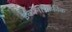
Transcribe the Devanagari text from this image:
इकोनोग्राफ़ीक